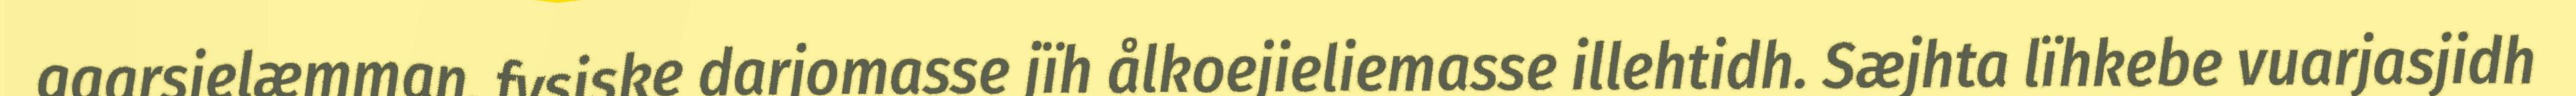
gaarsjelæmman, fysiske darjomasse jïh ålkoejieliemasse illehtidh. Sæjhta lïhkebe vuarjasjidh